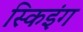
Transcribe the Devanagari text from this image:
स्किइंग